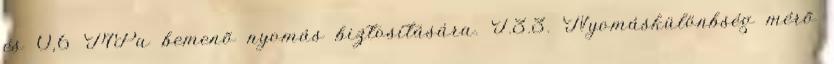
és 0,6 MPa bemenõ nyomás biztosítására. I.3.3. Nyomáskülönbség mérõ